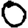
Digit: 0